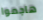
هاجموا